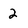
Character: 2